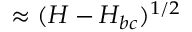
\approx ( H - H _ { b c } ) ^ { 1 / 2 }